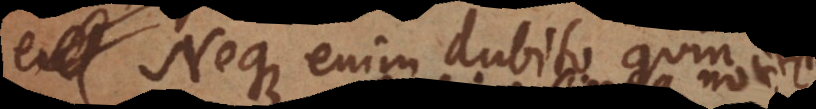
Neque enim dubito quin